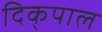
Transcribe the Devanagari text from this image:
दिक्‌पाल